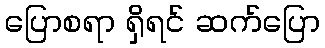
ပြောစရာ ရှိရင် ဆက်ပြော